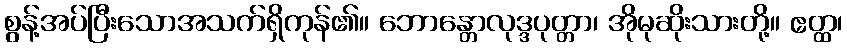
စွန့်အပ်ပြီးသောအသက်ရှိကုန်၏။ ဘောန္တောလုဒ္ဒပုတ္တာ၊ အိုမုဆိုးသားတို့။ ဧတ္ထ၊